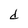
Character: d